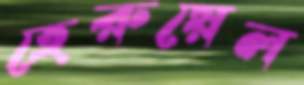
হেরুয়েল